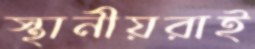
স্থানীয়রাই